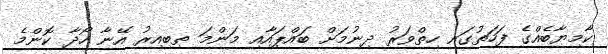
ކާމިޔާބެއްގެ ފަހަތުގައި ހިތްވަރު ދިނުމަށް ބައްޕައާއި މަންމަ ތިބިއިރު އޭނާ ހޯދާ ކޮންމެ